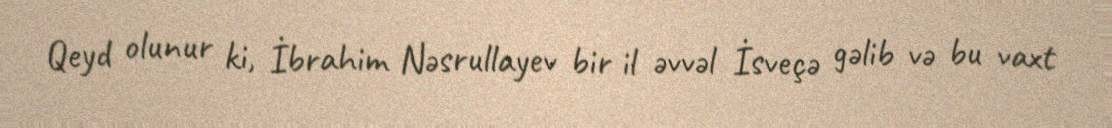
Qeyd olunur ki, İbrahim Nəsrullayev bir il əvvəl İsveçə gəlib və bu vaxt